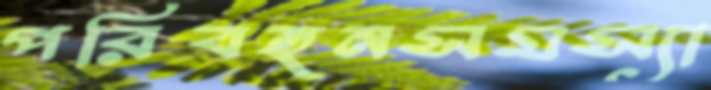
পরিবহনসমস্যা